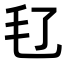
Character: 𣬝